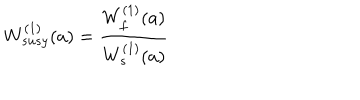
LaTeX: W _ { s u s y } ^ { ( 1 ) } ( a ) = { \frac { W _ { f } ^ { ( 1 ) } ( a ) } { W _ { s } ^ { ( 1 ) } ( a ) } }